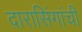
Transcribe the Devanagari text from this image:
दारासिंगांची